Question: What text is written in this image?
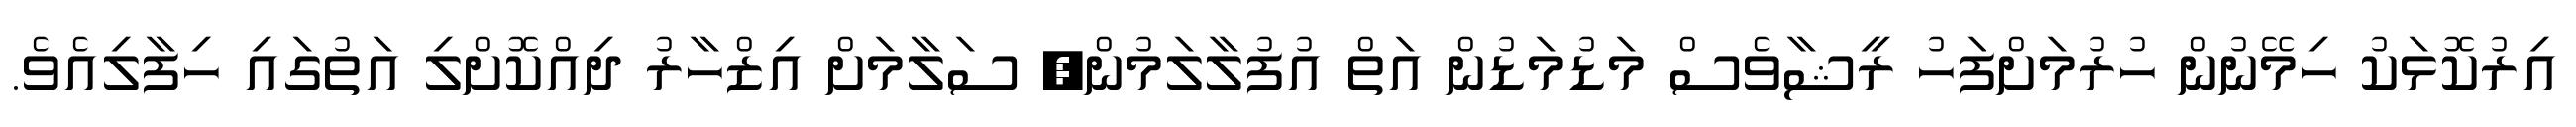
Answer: އިރުކޮޅަކު ހިމޭނުން ހުރުމަށްފަހު ރީޝާވެސް މަޑުމަޑުން އަތް އުފުލާލަމުން, ސަލާމަށް އިޒްހާރު ދިއްކޮށްލި އަތުގައި ހިފާލިއެވެ.